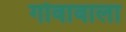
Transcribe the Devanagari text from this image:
गोवावाला